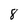
Character: 8